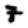
Digit: 7